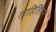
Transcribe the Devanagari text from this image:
ताहितियन